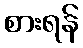
စားရန်